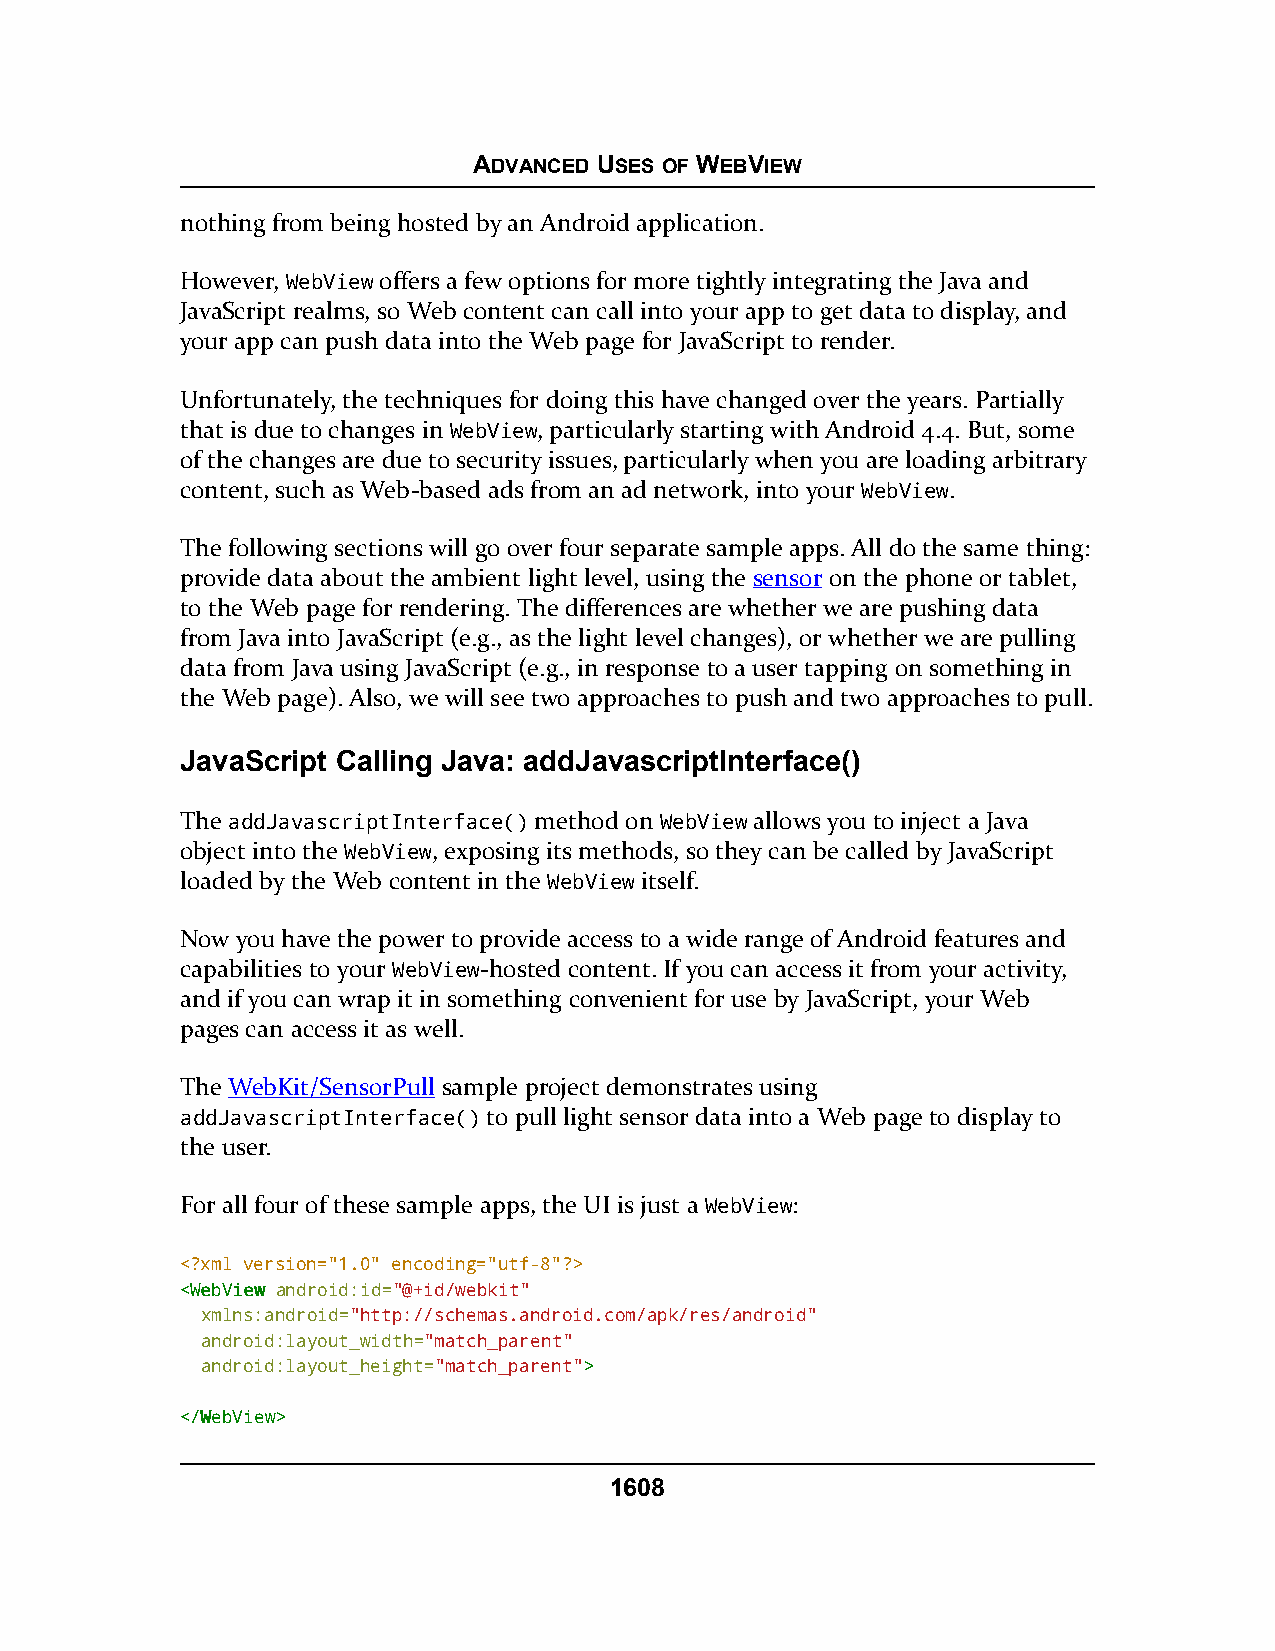
ADVANCED USES OF WEBVIEW
 nothing from being hosted by an Android application.
 However, WebView offers a few options for more tightly integrating the Java and
 JavaScript realms, so Web content can call into your app to get data to display, and
 your app can push data into the Web page for JavaScript to render.
 Unfortunately, the techniques for doing this have changed over the years. Partially
 that is due to changes in WebView, particularly starting with Android 4.4. But, some
 of the changes are due to security issues, particularly when you are loading arbitrary
 content, such as Web-based ads from an ad network, into your WebView.
 The following sections will go over four separate sample apps. All do the same thing:
 provide data about the ambient light level, using the sensor on the phone or tablet,
 to the Web page for rendering. The differences are whether we are pushing data
 from Java into JavaScript (e.g., as the light level changes), or whether we are pulling
 data from Java using JavaScript (e.g., in response to a user tapping on something in
 the Web page). Also, we will see two approaches to push and two approaches to pull.
 JavaScript Calling Java: addJavascriptInterface()
 The addJavascriptInterface() method on WebView allows you to inject a Java
 object into the WebView, exposing its methods, so they can be called by JavaScript
 loaded by the Web content in the WebView itself.
 Now you have the power to provide access to a wide range of Android features and
 capabilities to your WebView-hosted content. If you can access it from your activity,
 and if you can wrap it in something convenient for use by JavaScript, your Web
 pages can access it as well.
 The WebKit/SensorPull sample project demonstrates using
 addJavascriptInterface() to pull light sensor data into a Web page to display to
 the user.
 For all four of these sample apps, the UI is just a WebView:
 <?xml version="1.0" encoding="utf-8"?>
 <<WWeebbVViieeww android:id="@+id/webkit"
 xmlns:android="http://schemas.android.com/apk/res/android"
 android:layout_width="match_parent"
 android:layout_height="match_parent">>
 <<//WWeebbVViieeww>>
 1608